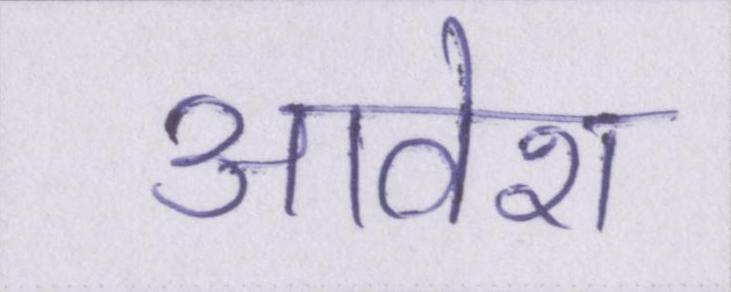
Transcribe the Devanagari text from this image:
आवेश